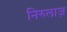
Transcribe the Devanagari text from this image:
निरुलाज़